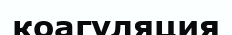
коагуляция